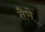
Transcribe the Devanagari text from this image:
तैणे